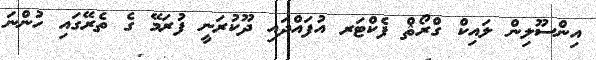
އިންސޫލިން ލައިކް ގްރޯޘް ފެކްޓަރ އުފައްދައި ދޫކުރަނީ ފުރަމޭ ގެ ތެރޭގައި ހުންނަ